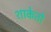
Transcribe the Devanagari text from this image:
शाकेतो